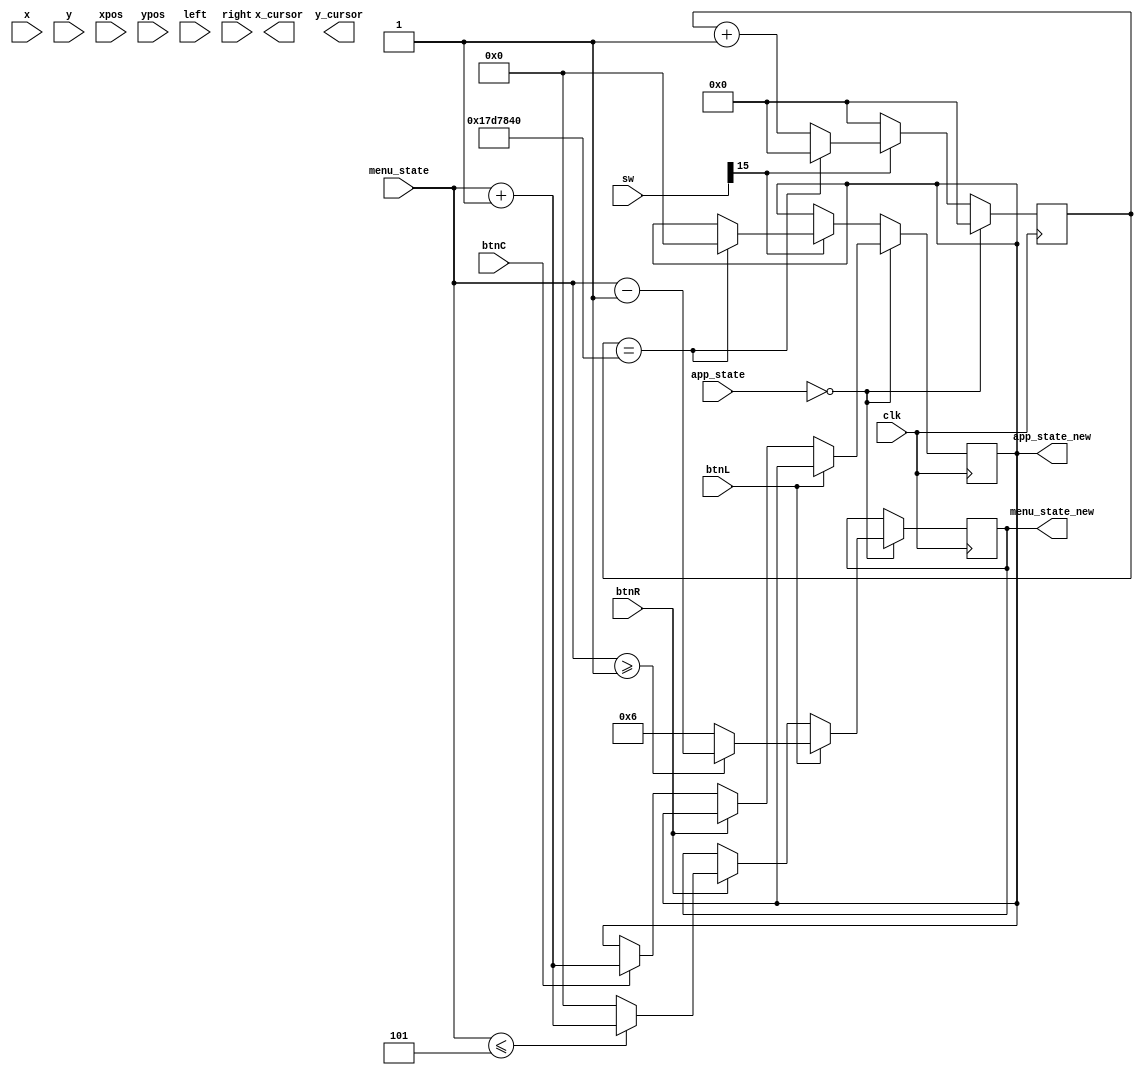
`timescale 1ns / 1ps

// TODO: insert mouse capabilities

module menu_selector(input clk, btnC, btnL, btnR, input [15:0]sw,
                    input [6:0] x, input [5:0] y, input [11:0] xpos, input [11:0] ypos,
                    input left, right,
                    input [4:0]app_state, output reg [4:0]app_state_new,
                    input [4:0]menu_state, output reg [4:0]menu_state_new,
                    output reg [7:0] x_cursor, output reg [6:0] y_cursor
                     );
    
    reg [31:0] counter = 0;
    
    always @ (posedge clk) begin
        if (app_state == 0) begin // Displaying the menu
            counter <= 0;
            // insert parallel left-click & scrollable mouse capabilities
            
            if (btnL == 1) begin 
                menu_state_new <= (menu_state >= 1) ? menu_state - 1 : 6; // loop back to 6
            end
            else if (btnR == 1) begin
                menu_state_new <= (menu_state <= 5) ? menu_state + 1 : 0; // loop back to 0
            end
            else if (btnC == 1) begin
                app_state_new <= menu_state + 1;
            end
        end
        
        // insert right mouse click to go back?
        else if (sw[15] == 1) begin
            if (counter == 25000000) begin
                counter <= 0;
                app_state_new <= 0; // Back to menu
            end
            else begin
                counter <= counter + 1;
            end
        end
        else begin
            counter <= 0;
        end
    end

endmodule